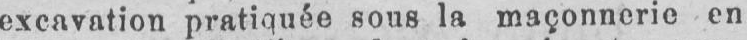
excavation pratiquée sous la maçonnerie en